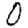
Digit: 0